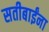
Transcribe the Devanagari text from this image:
सतीबाईंना